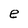
Character: e